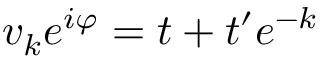
v _ { k } e ^ { i \varphi } = t + t ^ { \prime } e ^ { - k }